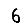
Digit: 6